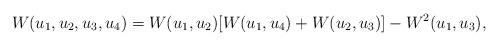
LaTeX: \begin{align*}W(u_1,u_2,u_3,u_4)=W(u_1,u_2)[W(u_1,u_4)+W(u_2,u_3)]-W^2(u_1,u_3), \end{align*}